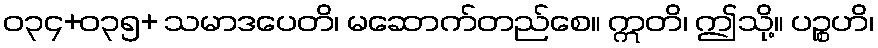
ဝ၃၄+၀၃၅+ သမာဒပေတိ၊ မဆောက်တည်စေ။ ဣတိ၊ ဤသို့။ ပဉ္စဟိ၊